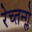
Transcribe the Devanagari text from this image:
रेच्तन्ग्ले